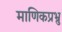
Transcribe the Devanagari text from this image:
माणिकप्रभ्रु